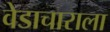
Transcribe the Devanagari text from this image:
वेडाचाराला